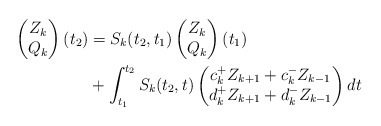
\begin{align*} \begin{pmatrix} Z_k \\ Q_k \end{pmatrix}(t_2) & = S_k(t_2,t_1) \begin{pmatrix} Z_k \\ Q_k \end{pmatrix}(t_1) \\ & + \int_{t_1}^{t_2} S_k(t_2, t) \begin{pmatrix} c_k^{+} Z_{k+1} + c_{k}^{-} Z_{k-1} \\ d_k^{+} Z_{k+1} + d_{k}^{-} Z_{k-1} \end{pmatrix} dt \end{align*}